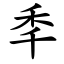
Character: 秊